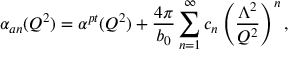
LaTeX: \alpha _ { a n } ( Q ^ { 2 } ) = \alpha ^ { p t } ( Q ^ { 2 } ) + \frac { 4 \pi } { b _ { 0 } } \sum _ { n = 1 } ^ { \infty } c _ { n } \left( \frac { \Lambda ^ { 2 } } { Q ^ { 2 } } \right) ^ { n } ,